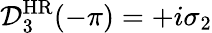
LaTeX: \mathcal{D}_{3}^{\mathrm{HR}}(-\pi)=+i\sigma_{2}